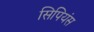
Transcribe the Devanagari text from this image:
सिपियंस